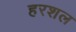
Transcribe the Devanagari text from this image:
हरशल